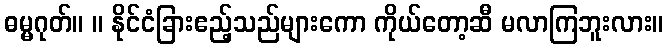
ဓမ္မဂုတ်။ ။ နိုင်ငံခြားဧည့်သည်များကော ကိုယ်တော့ဆီ မလာကြဘူးလား။